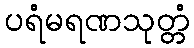
ပရံမရဏသုတ္တံ